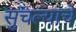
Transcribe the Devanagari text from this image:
सुचल्याचे